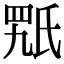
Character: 𣱍